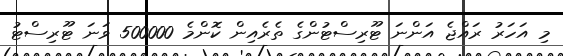
މި އަހަރު ރައްޖެ އަންނަ ޓޫރިސްޓުންގެ ތެރެއިން ކޮންމެ 500000 ވަނަ ޓޫރިސްޓު